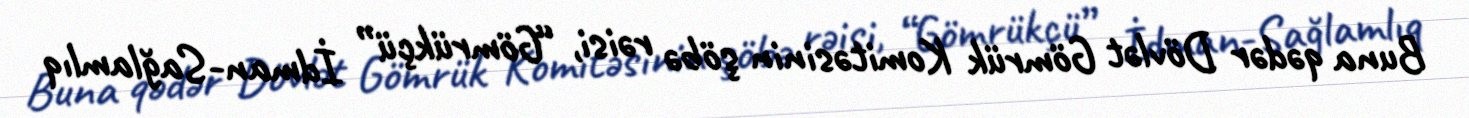
Buna qədər Dövlət Gömrük Komitəsinin şöbə rəisi, “Gömrükçü” İdman-Sağlamlıq